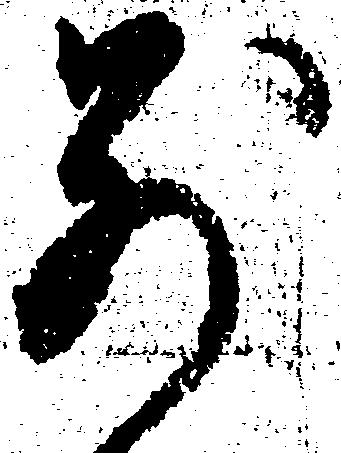
別